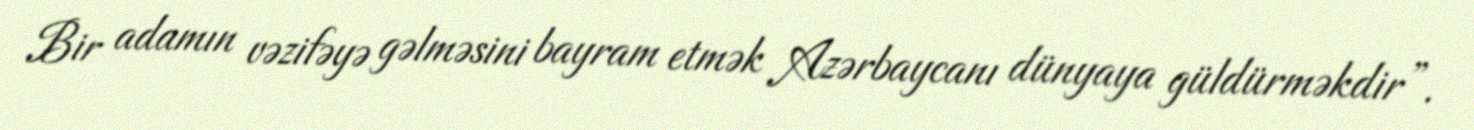
Bir adamın vəzifəyə gəlməsini bayram etmək Azərbaycanı dünyaya güldürməkdir”.